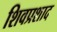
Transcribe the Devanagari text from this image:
शिवप्रशाद